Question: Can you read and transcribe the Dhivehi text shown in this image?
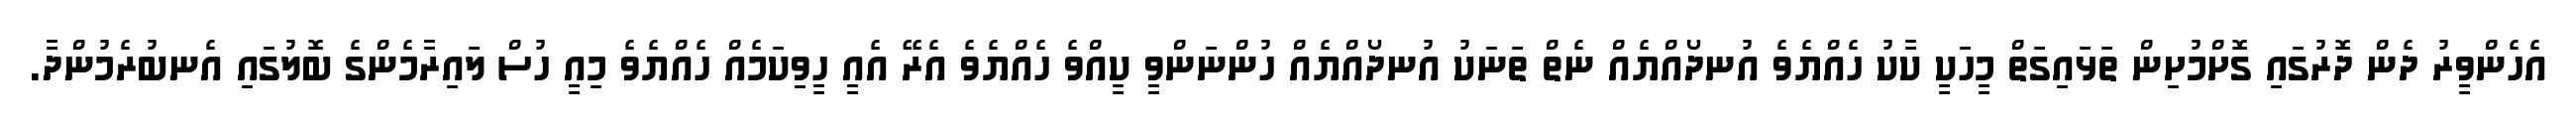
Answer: އެހެންވީރު ދެން ދޮރުގައި ގޮށްމުށިން ތަޅައިގަތް މީހަކީ ކާކު ހެއްޔެވެ އުނދޯއްޔެއް ނެތް ތަނަކު އުނދޯއްޔެއް ހުންނަންވީ ކީއްވެ ހެއްޔެވެ އެރޭ އެއީ ހީވިކަމެއް ހެއްޔެވެ މިއީ ހުސް ލައިރާމެންގެ ބޮލުގައި އެނބުރެމުންދާ.